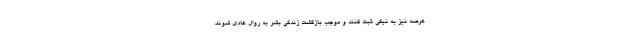
عرصه نیز به نیکی ثبت کنند و موجب بازگشت زندگی بشر به روال عادی شوند.